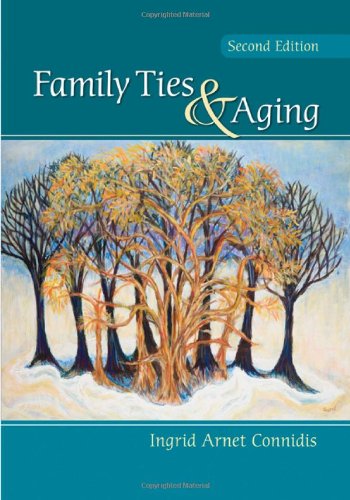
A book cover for Family Ties and Aging; Ingrid Arnet Connidis; Politics & Social Sciences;